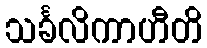
သင်္ခလိကာဟီတိ